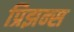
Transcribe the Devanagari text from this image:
प्रिझन्स